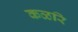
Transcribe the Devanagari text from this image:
कळरि